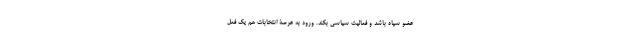
عضو سپاه باشد و فعالیت سیاسی بکند. ورود به عرصۀ انتخابات هم یک فعل